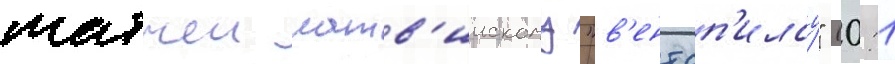
матчеи латв'иискому "в'ентсп'илсу" (0:1